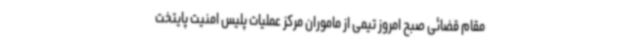
مقام قضائی صبح امروز تیمی از ماموران مرکز عملیات پلیس امنیت پایتخت